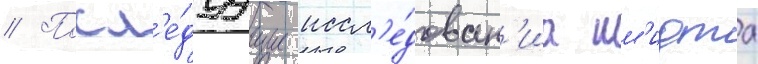
// Посл'е́дуущие иссл'е́дован'иа шм'идта